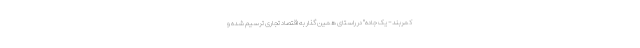
کمربند- یک جاده" در راستای همین گذار به اقتصاد تجاری ترسیم شده و